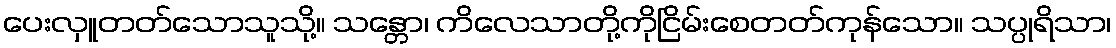
ပေးလှူတတ်သောသူသို့။ သန္တော၊ ကိလေသာတို့ကိုငြိမ်းစေတတ်ကုန်သော။ သပ္ပုရိသာ၊